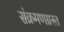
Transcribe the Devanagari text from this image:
संक्रमणग्रस्त